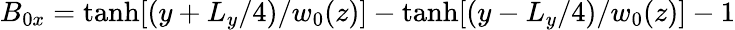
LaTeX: B_{0x}=\operatorname{tanh}[(y+L_{y}/4)/w_{0}(z)]-\operatorname{tanh}[(y-L_{y}/4)/w_{0}(z)]-1